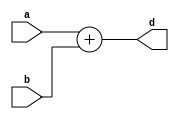
`timescale 1ns / 1ps

module adder64(a, b, d);
    input [63:0] a, b;
    output [63:0] d;
    
    assign d = a + b;
endmodule